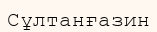
Сұлтанғазин